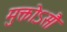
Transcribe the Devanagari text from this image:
मुक्तोऽसौ